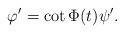
LaTeX: \begin{align*} \varphi^{\prime}=\cot \Phi(t) \psi^{\prime}.\end{align*}